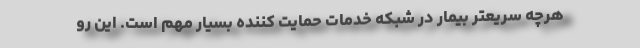
هرچه سریعتر بیمار در شبکه خدمات حمایت کننده بسیار مهم است. این رو